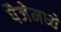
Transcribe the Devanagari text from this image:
पैजेमध्ये